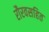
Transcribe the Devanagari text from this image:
रौरवसहित